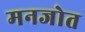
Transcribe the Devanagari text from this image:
मनजोत